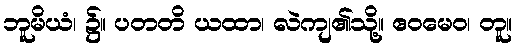
ဘူမိယံ၊ ၌။ ပတတိ ယထာ၊ လဲကျ၏သို့။ ဧဝမေဝ၊ တူ။